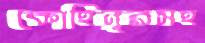
কোহিনূরসহ